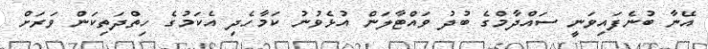
އޭނާ ބުނެފައިވަނީ ސައްދާމްގެ ބުދު ވައްޓާލަން އުޅެވުނު ކަމާހެދި އެކަމުގެ ހިތްދަތިކަން ވަރަށް